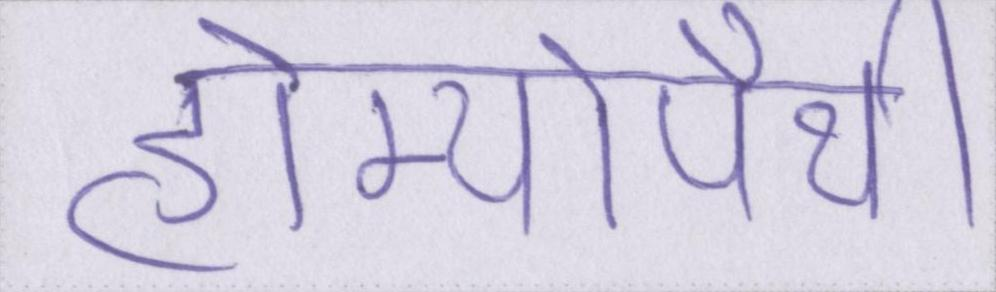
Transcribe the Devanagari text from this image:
होम्योपैथी